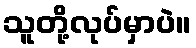
သူတို့လုပ်မှာပဲ။